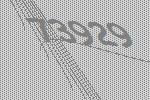
73929